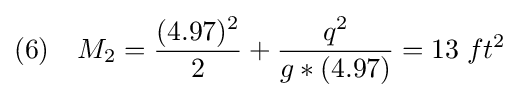
(6)\quad M_{2}={\frac {(4.97)^{2}}{2}}+{\frac {q^{2}}{g*(4.97)}}=13\;ft^{2}